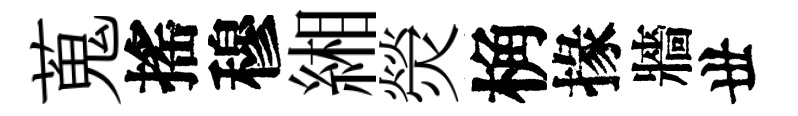
蒐搖穆緗熒桷掾牆丗